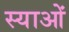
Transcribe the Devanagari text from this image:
स्याओं